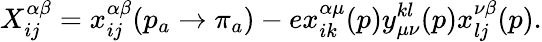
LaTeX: X_{ij}^{\alpha\beta}=x_{ij}^{\alpha\beta}(p_{a}\rightarrow\pi_{a})-ex_{ik}^{\alpha\mu}(p)y_{\mu\nu}^{kl}(p)x_{lj}^{\nu\beta}(p).